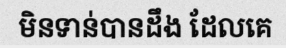
មិនទាន់បានដឹង ដែលគេ